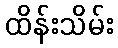
ထိန်းသိမ်း